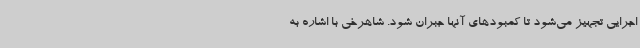
اجرایی تجهیز می‌شود تا کمبودهای آنها جبران شود. شاهرخی با اشاره به